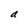
Character: a